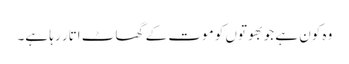
وہ کون ہے جو بھوتوں کو موت کے گھاٹ اتار رہا ہے۔